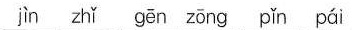
jin zhǐ gēn zōng pin pai